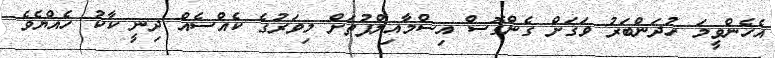
އެހެންވީމަ ހުދަންބަރު ވަގަށް ގެންގޮސް އިސްމާއިލްފުތަށް މިވަރުގެ ކެއްސެއް ދިނީ ކާކު ހެއްޔެވެ